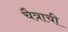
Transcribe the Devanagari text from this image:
चैत्राची